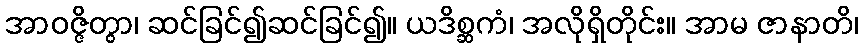
အာဝဇ္ဇိတွာ၊ ဆင်ခြင်၍ဆင်ခြင်၍။ ယဒိစ္ဆကံ၊ အလိုရှိတိုင်း။ အာမ ဇာနာတိ၊